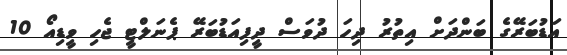
އަޑުބަރޭގެ ބަންދަށް އިތުރު ދިހަ ދުވަސް ދީފިއަޑުބަރޭ ޕެނަލްޓީ ޖެހި ވީޑިއޯ 10